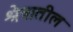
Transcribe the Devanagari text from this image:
श्रेत्रातील